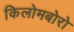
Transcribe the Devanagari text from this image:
किलोमबोरो